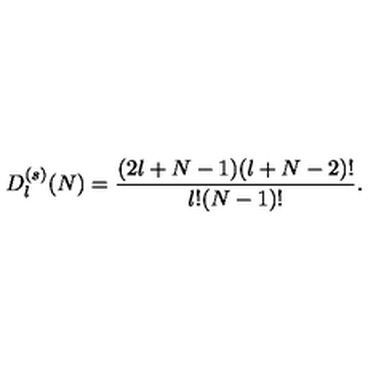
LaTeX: D _ { l } ^ { ( s ) } ( N ) = \frac { ( 2 l + N - 1 ) ( l + N - 2 ) ! } { l ! ( N - 1 ) ! } .